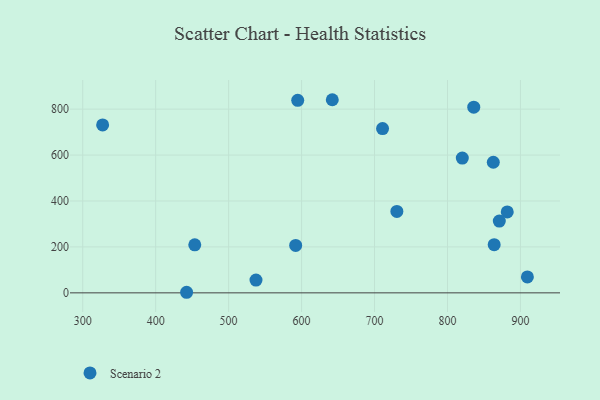
{"axis": {"x": "Investment", "y": "Sales"}, "legend": ["Scenario 2"], "data": [{"x": "327.3", "y": 731.4, "type": "Scenario 2"}, {"x": "909.5", "y": 69.5, "type": "Scenario 2"}, {"x": "442.4", "y": 2.5, "type": "Scenario 2"}, {"x": "730.6", "y": 354.5, "type": "Scenario 2"}, {"x": "642.1", "y": 841.0, "type": "Scenario 2"}, {"x": "594.7", "y": 838.3, "type": "Scenario 2"}, {"x": "453.6", "y": 209.1, "type": "Scenario 2"}, {"x": "836.0", "y": 808.4, "type": "Scenario 2"}, {"x": "881.9", "y": 352.4, "type": "Scenario 2"}, {"x": "537.5", "y": 55.8, "type": "Scenario 2"}, {"x": "871.0", "y": 312.7, "type": "Scenario 2"}, {"x": "864.0", "y": 209.6, "type": "Scenario 2"}, {"x": "591.9", "y": 206.7, "type": "Scenario 2"}, {"x": "820.3", "y": 587.0, "type": "Scenario 2"}, {"x": "862.8", "y": 568.7, "type": "Scenario 2"}, {"x": "711.0", "y": 715.4, "type": "Scenario 2"}]}